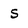
Character: S